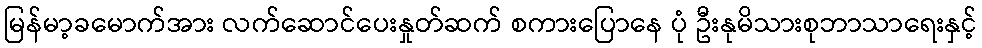
မြန်မာ့ခမောက်အား လက်ဆောင်ပေးနှုတ်ဆက် စကားပြောနေ ပုံ ဦးနုမိသားစုဘာသာရေးနှင့်